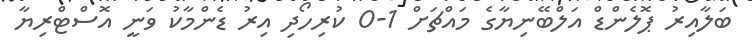
ބަލާއިރު ޕޮލެންޑް އަލްބޭނިޔާގެ މައްޗަށް 1-0 ކުރިހޯދި އިރު ޑެންމާކު ވަނީ އޮސްޓްރިޔާ